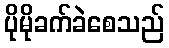
ပိုမိုခက်ခဲစေသည်